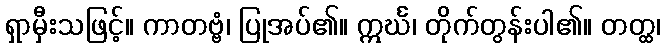
ရှာမှီးသဖြင့်။ ကာတဗ္ဗံ၊ ပြုအပ်၏။ ဣင်္ဃ၊ တိုက်တွန်းပါ၏။ တတ္ထ၊